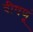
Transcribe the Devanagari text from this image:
वीषणूं